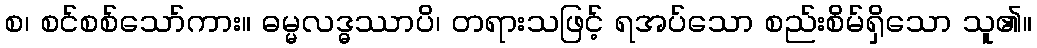
စ၊ စင်စစ်သော်ကား။ ဓမ္မလဒ္ဓဿာပိ၊ တရားသဖြင့် ရအပ်သော စည်းစိမ်ရှိသော သူ၏။